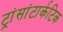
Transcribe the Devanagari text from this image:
ट्रांसांटार्कटिक